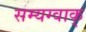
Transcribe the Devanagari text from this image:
सम्यग्वाक्